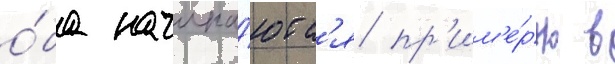
о́ба начина́ютс'я пр'им'е́рно в